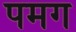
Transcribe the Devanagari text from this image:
पमग